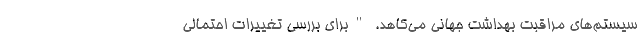
سیستم‌های مراقبت بهداشت جهانی می‌کاهد. "برای بررسی تغییرات احتمالی